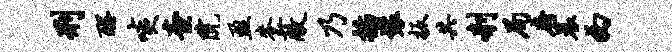
刑醒啖查院盈麦蔽乃插装扳共剞局府晨西